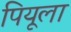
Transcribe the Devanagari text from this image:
पियूला